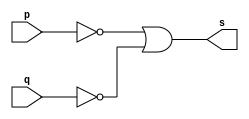
// PUC Minas - Ciencia da Computacao - Arquitetura de Computadores I
// Exemplo0009 - nand - de morgan 
// Nome: Ana Cristina P. Teixeira

// 04. Construir a tabela_verdade para a porta NAND com 2 entradas.
// Obs.: Usar na definio do mdulo a propriedade de Morgan.

// --------------------- 
// -- nand gate 
// --------------------- 
module nandgate (output s, input p, input q);
	assign s = ~p | ~q; // vinculo permanente
endmodule // nand

// --------------------- 
// -- test nandgate 
// --------------------- 
module testnandgate; 
// ------------------------- dados locais 
	reg a, b; // definir registrador 
	wire s; // definir conexao (fio) 
// ------------------------- instancia 
	nandgate NAND1 (s, a, b);
// ------------------------- preparacao
	initial begin:start
		a = 0;
		b = 0;
	end
// ------------------------- parte principal
	initial begin:main
		$display("Exemplo0009 - Exercicio0004 - Ana Cristina - 427385");
		$display("Test nand gate");
		$display("\n ~a | ~b = s\n");
		$monitor("~%b | ~%b = %b", a, b, s);
		#1 a = 0; b = 0;
		#1 a = 0; b = 1;
		#1 a = 1; b = 0;
		#1 a = 1; b = 1;
	end
endmodule // testnandgate

// previsao de testes
// ~a | ~b
// resultados esperados
// ~0 | ~0 = 1 | 1 = 1
// ~0 | ~1 = 1 | 0 = 1
// ~1 | ~0 = 0 | 1 = 1
// ~1 | ~1 = 0 | 0 = 0
// conclusao nandgate funcionou corretamente como o esperado